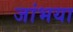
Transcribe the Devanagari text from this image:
जांभया